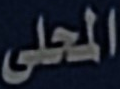
المحلى